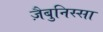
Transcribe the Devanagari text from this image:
ज़ैबुनिस्सा